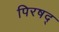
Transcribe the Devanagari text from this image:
पिरषद्